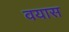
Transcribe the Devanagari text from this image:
वयास